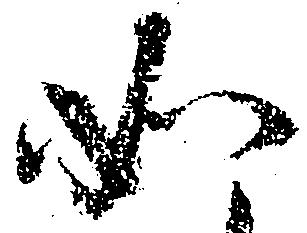
如